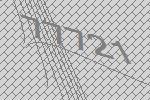
77721